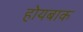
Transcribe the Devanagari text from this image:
होयबाक